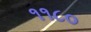
૧૧૮૦